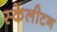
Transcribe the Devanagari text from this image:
स्केलीटन